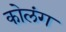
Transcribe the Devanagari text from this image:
कोलंग